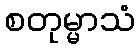
စတုမ္မာသံ